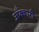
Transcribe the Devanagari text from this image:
अँक्वारी